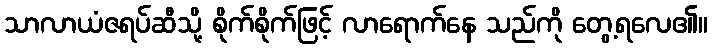
သာလာယံဇရပ်ဆီသို့ စိုက်စိုက်ဖြင့် လာရောက်နေ သည်ကို တွေ့ရလေ၏။